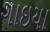
ગાઇયા